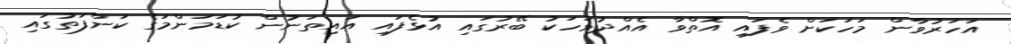
އަހަރުވާން މަހަކަށް ވެފައި އޮތްވާ އެއްދުވަހަކު ބޭރުގައި އުޅެފައި އައިތަނުން ކުޑަމަންމަގެ ކަންފަތުގައި